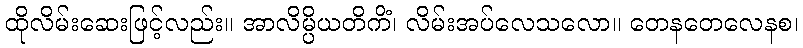
ထိုလိမ်းဆေးဖြင့်လည်း။ အာလိမ္ပိယတိကိံ၊ လိမ်းအပ်လေသလော။ တေနတေလေနစ၊